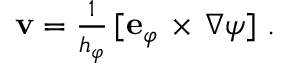
\begin{array} { r } { \mathbf { v } = \frac { 1 } { h _ { \varphi } } \, [ { \bf e } _ { \varphi } \, \times \, \nabla \psi ] \ . \ } \end{array}